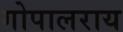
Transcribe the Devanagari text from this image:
गोपालराय